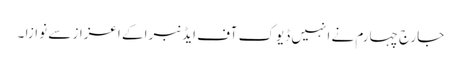
جارج چہارم نے انہیں ڈیوک آف ایڈنبرا کے اعزاز سے نوازا ۔